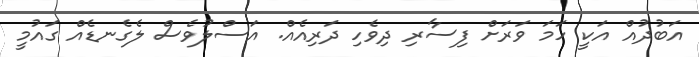
އަބުދުއް އަކީ ހަމަ ވަރަށް ފިސާރި ދިވެހި ދަރިއެއް. އަސްލުވެސް ލެގެނޑެއް ގައުމީ